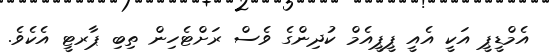
އެމްޑީޕީ އަކީ އެއީ ޕީޕީއެމް ކުދިންގެ ވެސް ރަށްޓެހިން ތިބި ޕާރޓީ އެކެވެ.